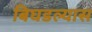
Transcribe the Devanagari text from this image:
बिघडल्यास